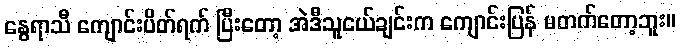
နွေရာသီ ကျောင်းပိတ်ရက် ပြီးတော့ အဲဒီသူငယ်ချင်းက ကျောင်းပြန် မတက်တော့ဘူး။